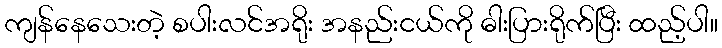
ကျန်နေသေးတဲ့ စပါးလင်အရိုး အနည်းငယ်ကို ဓါးပြားရိုက်ပြီး ထည့်ပါ။